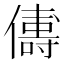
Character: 𬿻